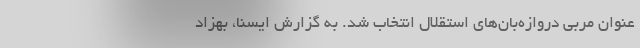
عنوان مربی دروازه‌بان‌های استقلال انتخاب شد. به گزارش ایسنا، بهزاد